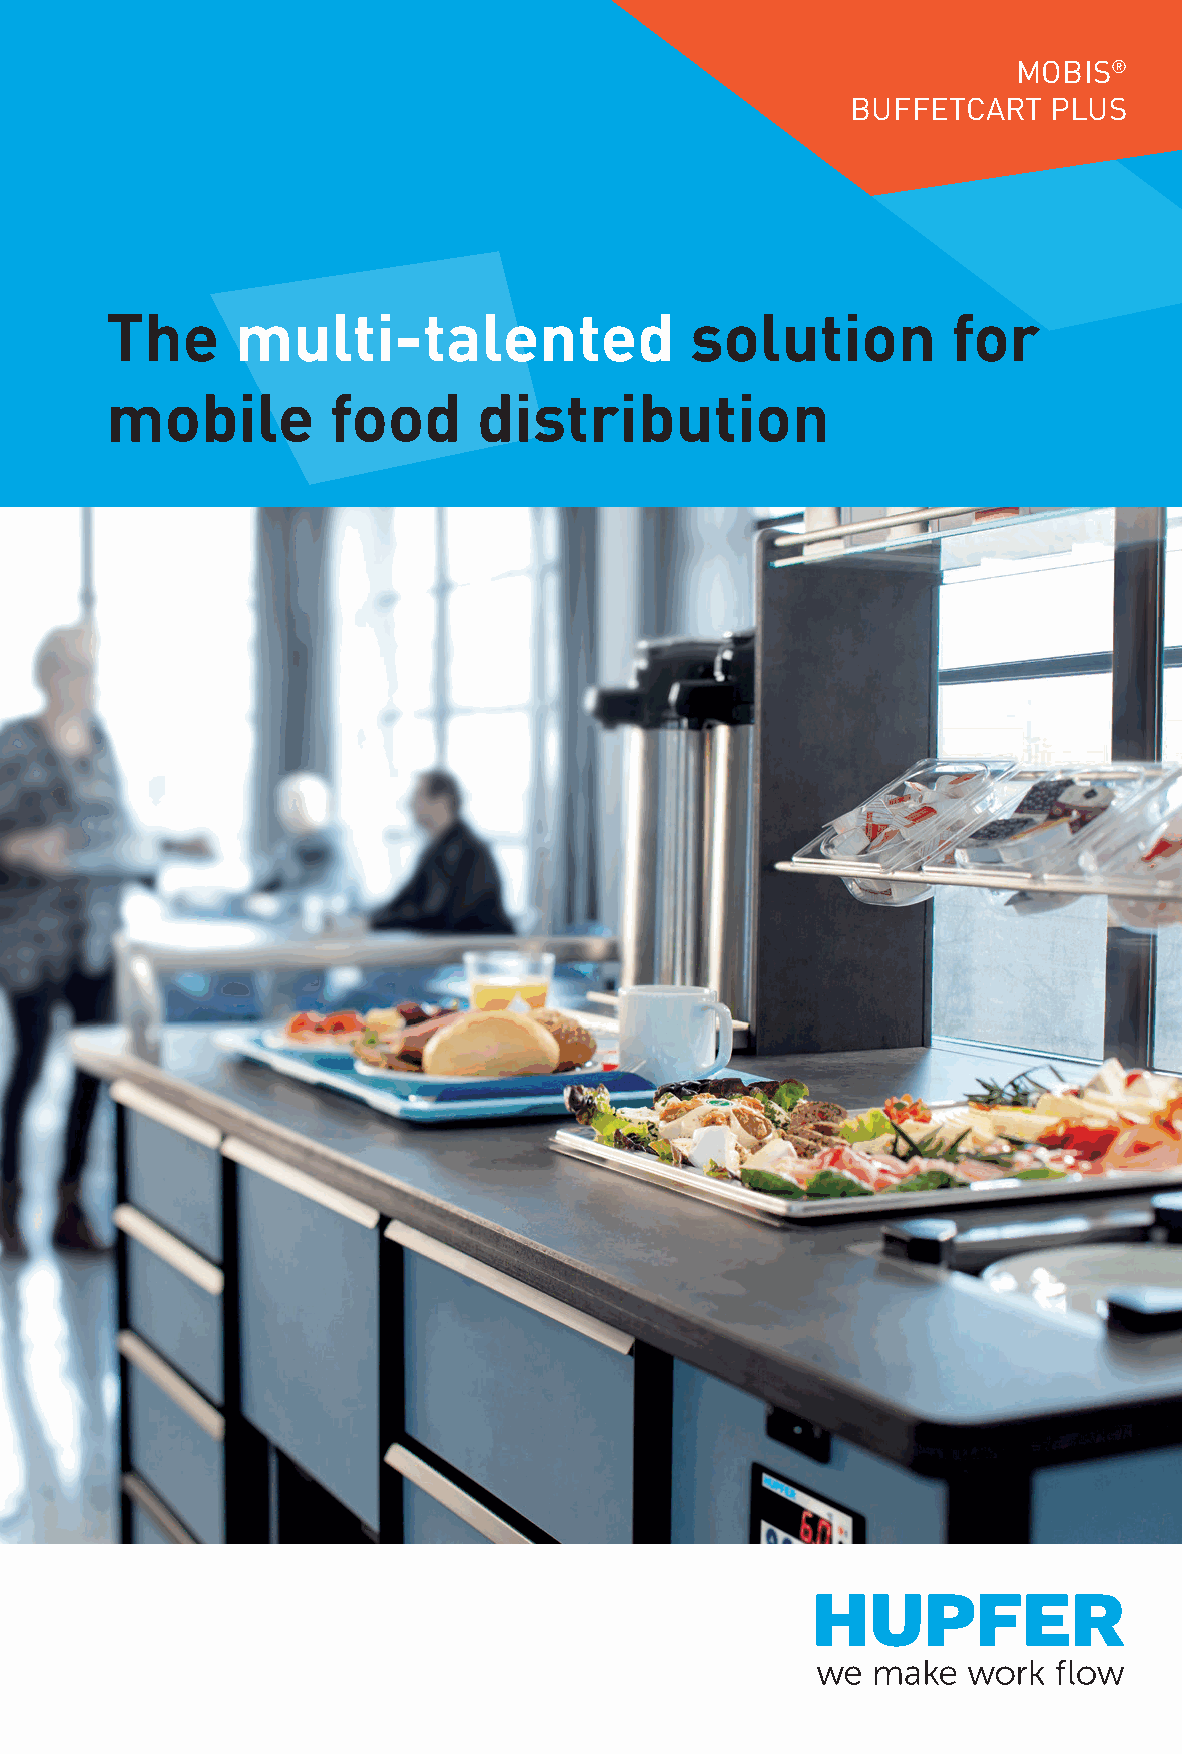
MOBIS®
 BUFFETCART   PLUS
 The      multi-talented                solution         for
 mobile         food      distribution